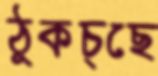
ঠুকচ্ছে